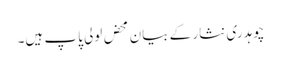
چوہدری نثار کے بیان محض لولی پاپ ہیں۔